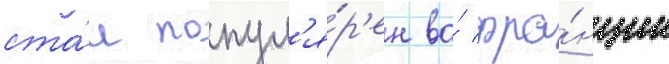
ста́л попул'я́р'ен во́ фра́нции